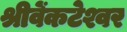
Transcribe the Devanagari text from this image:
श्रीवेंकटेश्वर